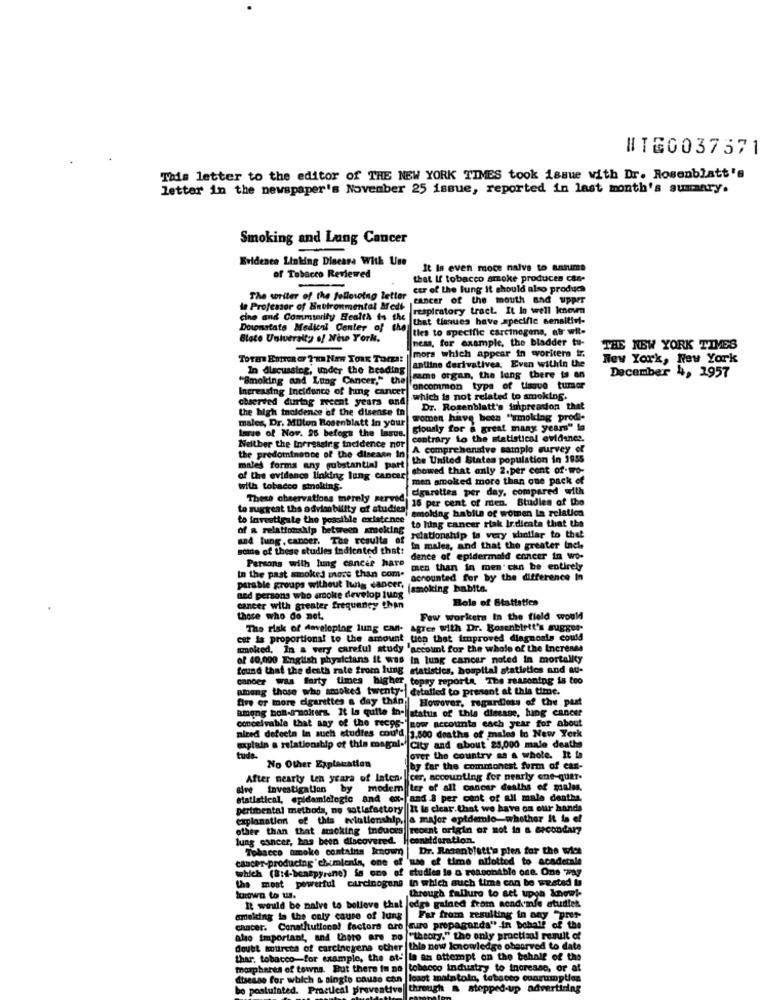
WTG0037571
This letter to the editor of THE NEW YORK TIMES took issue with Dr. Rosenblatt's
letter in the newspaper's November 25 issue, reported in last month's summary.
Smoking and Lung Cancer
Evidence Linking Dlacara With Use
It Is even moce naive to aasume
of Tobacco Reviewed
that If tobacco smoke produces can-
car of the lung it should also produce
The writer of the following letter
cancer of the mouth and upper
to Professor of inutronmental Aredi
respiratory tract. It In well known
cine and Community Health to the
that tiques have specific sensitiv-
Dusonstate Medical Center of the
ties to specific carcinogens, abs wil-
State University of New York.
ness, for example, the bladder tu-
mors which appear in wyoricera ir.
THE NEW YORK TIMES
ToTHE EDITOR OF ?Ta NEW YORK Torz !! |
antline derivatives. Even within the
New York, New York
In discussing, under the heading
"Smoking and Lung Cancer," the
same organ, the lang there is an
December 4, 1957
Increasing Incidence of hing cancet
oncommon type of tissue tumer
chserved during recent years and
which is not related to smoking.
the high inoidence of the disease in
Dr. Rosenblatt's impression that
males, Dr. MUton Rosenblatt in your
women have been "smoking prodi-
giously for a great many years" la
Imue of Now. 25 befogs the larus.
contrary to the statistical evidence.
Neither the Increasing incidence nor
A comprehensive sample survey of
the predominance of the disease In
the United States population in 1955
males forms ang substantial part
showed that only 2.per cent of-wo-
of the evidence linking lung cancer!
men smoked more than one pack of
with tobacco smoking.
cigarettes per day, compared with
These observations merely served
15 per cent of ren. Studies of the
to suggest the advisability of studies!
smoking habile of women In relation
to investigate the possible existence
to lung cancer riak Ir.dicate that the
of a relationship betwe
and tung, cancer. The results of
relationship is very whatlar to thel
some of these studies indicated that:
In males, and that the greater inch
Persons with lung cancer have
dence of epidermald concer in wo-
In the past smoked more than com.
men than in men' can be entirely
accounted for by the difference In
parable groups without lung cancer,
(smoking habits.
and persons who smoke develop lung
Bols of Statistics
cancer with greater frequency than
those who do not.
Few workers In the field would
The risk of developing lung can-
Agree with Dr. Bosenblett's sugges-
est is proportional to the amount tien that improved diagnosis could
smoked, In a very careful study account for the whole of the Increnss
of 40,000 English physicians It was
In lung cancer noted In mortality
found that the death rate from lung statistics, hospital statistics and au-
cancer was forty times higher topay reporta, The reasoning is too
among those who smoked twenty-| detalles to present at this time.
five or more cigarettes a day thin
Howover, regardless of the past
among bon-insalters. It la quite in- status of this disease, hing cancer
conceivable that may of the recys-' now accounta each year for about
nired defects In such studies cou'd 3,500 deaths of males to New York
explain a relationship of this magal- City and about 25,000 male deathe
tude.
over the country as a whole. It is
No Other Explanation
by far the commonest form of cas-
After nearty ten years of laten.
cer, accounting for nearly ene-quer.
aire investigation by modem
ter of all cancer deaths of males.
statistical, epidamiologic and ex-
and & per cent of all male deaths.
pertiental methods, no satisfactory
It Is clear.that we have on our hands
explanation of this relationship, a major epidemio-whether it is el
other than that smoking induces
recent origin ar mot in a secondary
lung cancer, has been discovered.
consideration.
Tobacco smoke contains known |Dr. Rosenblatt'a plea for the wice
cancer-producing "chimienin, one of 'use of time allotted to acadetale
which (8:4-benépyrène) is one of studies is a reasonable one. One "797
the most powerful carcinogens In which auch time can be wested la
through falluro to set upya know !-
known to w.
It would be naive to believe that odgs gained from nendenfe studiet
@Holding Is the only cause of lung
Far from resulting in any "prer
chacer. Constitutional factors oro sure propaganda" in behalf of the
also important, and tanto are Do
"theory," the only practiaal remilt of
doubt tottrees of carcinogens other |thia now Icnowledge observed to date
thar, tobacco-for example, the at- la an attempt on the behalf of the
mouspheres of towns. But there is no |tobacco industry to increase, or at
disesse for which & single cause can
loagt maiatola, tobacco consumption
be postulated. Practical preventive through & stepped-up advertiring